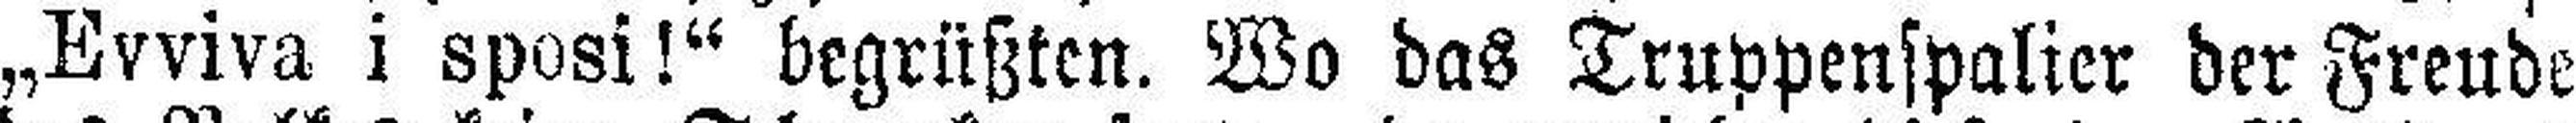
„Evviva i sposi!“ begrüßten. Wo das Truppenspalier der Freude